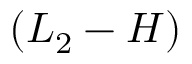
( L _ { 2 } - H )